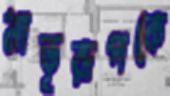
মাতৃরূপকে